Relation of titanus [i.e. tetanus] to the hypodermic or intramuscular injection of quinine - Number 43
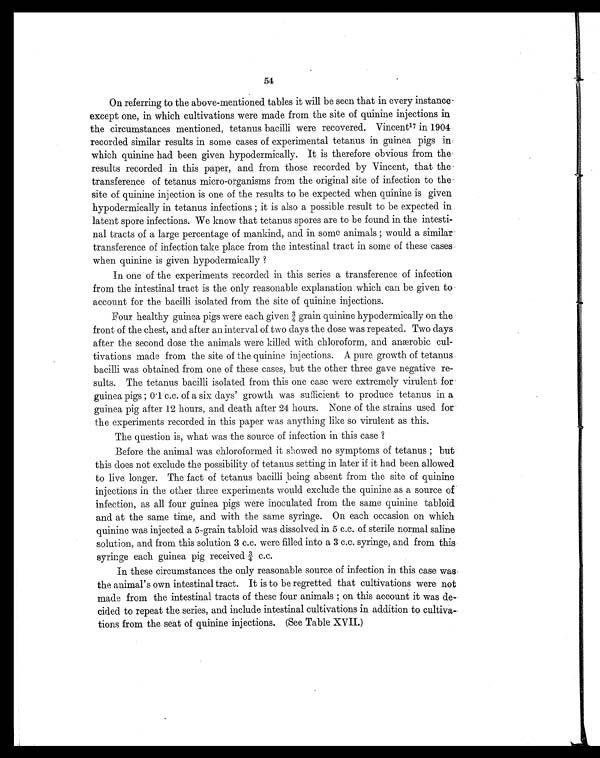
54
On referring to the above-mentioned tables it will be seen that in every instanc
e - e x c e p t o n e , i n w h i c h c u l t i v a t i o n s w e r e m a d e f r o m t h e s i t e o f q u i n i n e i n j e c t i o n s i n
the circumstances mentioned, tetanus bacilli were recovered. Vincent 17 in 1904
recorded similar results in some cases of experimental tetanus in guinea pigs in
which quinine had been given hypodermically. It is therefore obvious from the
results recorded in this paper, and from those recorded by Vincent, that the
transference of tetanus micro-organisms from the original site of infection to the
site of quinine injection is one of the results to be expected when quinine is given
hypodermically in tetanus infections ; it is also a possible result to be expected in
latent spore infections. We know that tetanus spores are to be found in the intesti
- n a l t r a c t s o f a l a r g e p e r c e n t a g e o f m a n k i n d , a n d i n s o m e a n i m a l s ; w o u l d a s i m i l a r
transference of infection take place from the intestinal tract in some of these cases
when quinine is given hypodermically ?
In one of the experiments recorded in this series a transference of infection
from the intestinal tract is the only reasonable explanation which can be given to
account for the bacilli isolated from the site of quinine injections.
Four healthy guinea pigs were each given ¾ grain quinine hypodermically on the
front of the chest, and after an interval of two days the dose was repeated. Two days
after the second dose the animals were killed with chloroform, and anærobic cul
- t i v a t i o n s m a d e f r o m t h e s i t e o f t h e q u i n i n e i n j e c t i o n s . A p u r e g r o w t h o f t e t a n u s
bacilli was obtained from one of these cases, but the other three gave negative re
- s u l t s . T h e t e t a n u s b a c i l l i i s o l a t e d f r o m t h i s o n e c a s e w e r e e x t r e m e l y v i r u l e n t f o r
guinea pigs ; 0.1 c.c. of a six clays' growth was sufficient to produce tetanus in a
guinea pig after 12 hours, and death after 24 hours. None of the strains used for
the experiments recorded in this paper was anything like so virulent as this.
The question is, what was the source of infection in this case ?
Before the animal was chloroformed it showed no symptoms of tetanus ; but
this does not exclude the possibility of tetanus setting in later if it had been allowed
to live longer. The fact of tetanus bacilli being absent from the site of quinine
injections in the other three experiments would exclude the quinine as a source of
infection, as all four guinea pigs were inoculated from the same quinine tabloid
and at the same time, and with the same syringe. On each occasion on which
quinine was injected a 5-grain tabloid was dissolved in 5 c.c. of sterile normal saline
solution, and from this solution 3 c.c. were filled into a 3 c.c. syringe, and from this
syringe each guinea pig received c.c.
In these circumstances the only reasonable source of infection in this case was
the animal's own intestinal tract. It is to be regretted that cultivations were not
made from the intestinal tracts of these four animals ; on this account it was de
-cided to repeat the series, and include intestinal cultivations in addition to cultiva
- t i o n s f r o m t h e s e a t o f q u i n i n e i n j e c t i o n s . ( S e e T a b l e X V I I . )